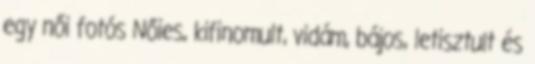
egy női fotós Nőies, kifinomult, vidám, bájos, letisztult és